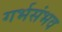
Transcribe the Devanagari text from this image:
गर्भसंभव